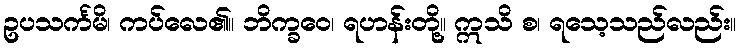
ဥပသင်္ကမိ၊ ကပ်လေ၏။ ဘိက္ခဝေ၊ ရဟန်းတို့။ ဣသိ စ၊ ရသေ့သည်လည်း။